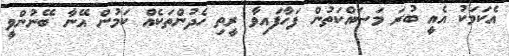
އެކަމަކު އެއީ ބުރަ މަސައްކަތުން ފަހާފައިވާ ރީތި ހެދުންތަކެއް ކަމުން އޭނާ ބޭނުންވީ